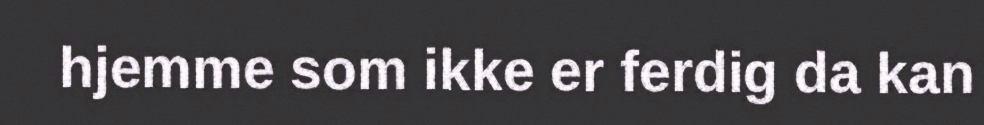
hjemme som ikke er ferdig da kan